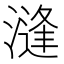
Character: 漨